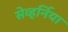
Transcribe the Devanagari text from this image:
सेव्हर्निया